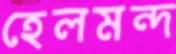
হেলমন্দ